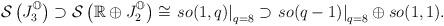
LaTeX: \begin{align*}\mathcal{S}\left( J_{3}^{\mathbb{O}}\right) \supset \mathcal{S}\left(\mathbb{R}\oplus J_{2}^{\mathbb{O}}\right) \cong \left. so(1,q)\right\vert_{q=8}\supset \left. so(q-1)\right\vert _{q=8}\oplus so(1,1).\end{align*}